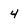
Character: 4